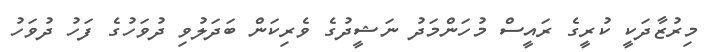
މިރުޒާދަކީ ކުރީގެ ރައީސް މުހަންމަދު ނަޝީދުގެ ވެރިކަން ބަދަލުވި ދުވަހުގެ ފަހު ދުވަހު